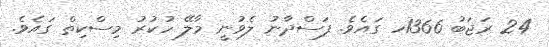
24 ރަޖަބު 1366ހ ގައެވެ. ފަސްދާނު ލެވުނީ މާލޭ ހުކުރު މިސްކިތް ގައެވެ.